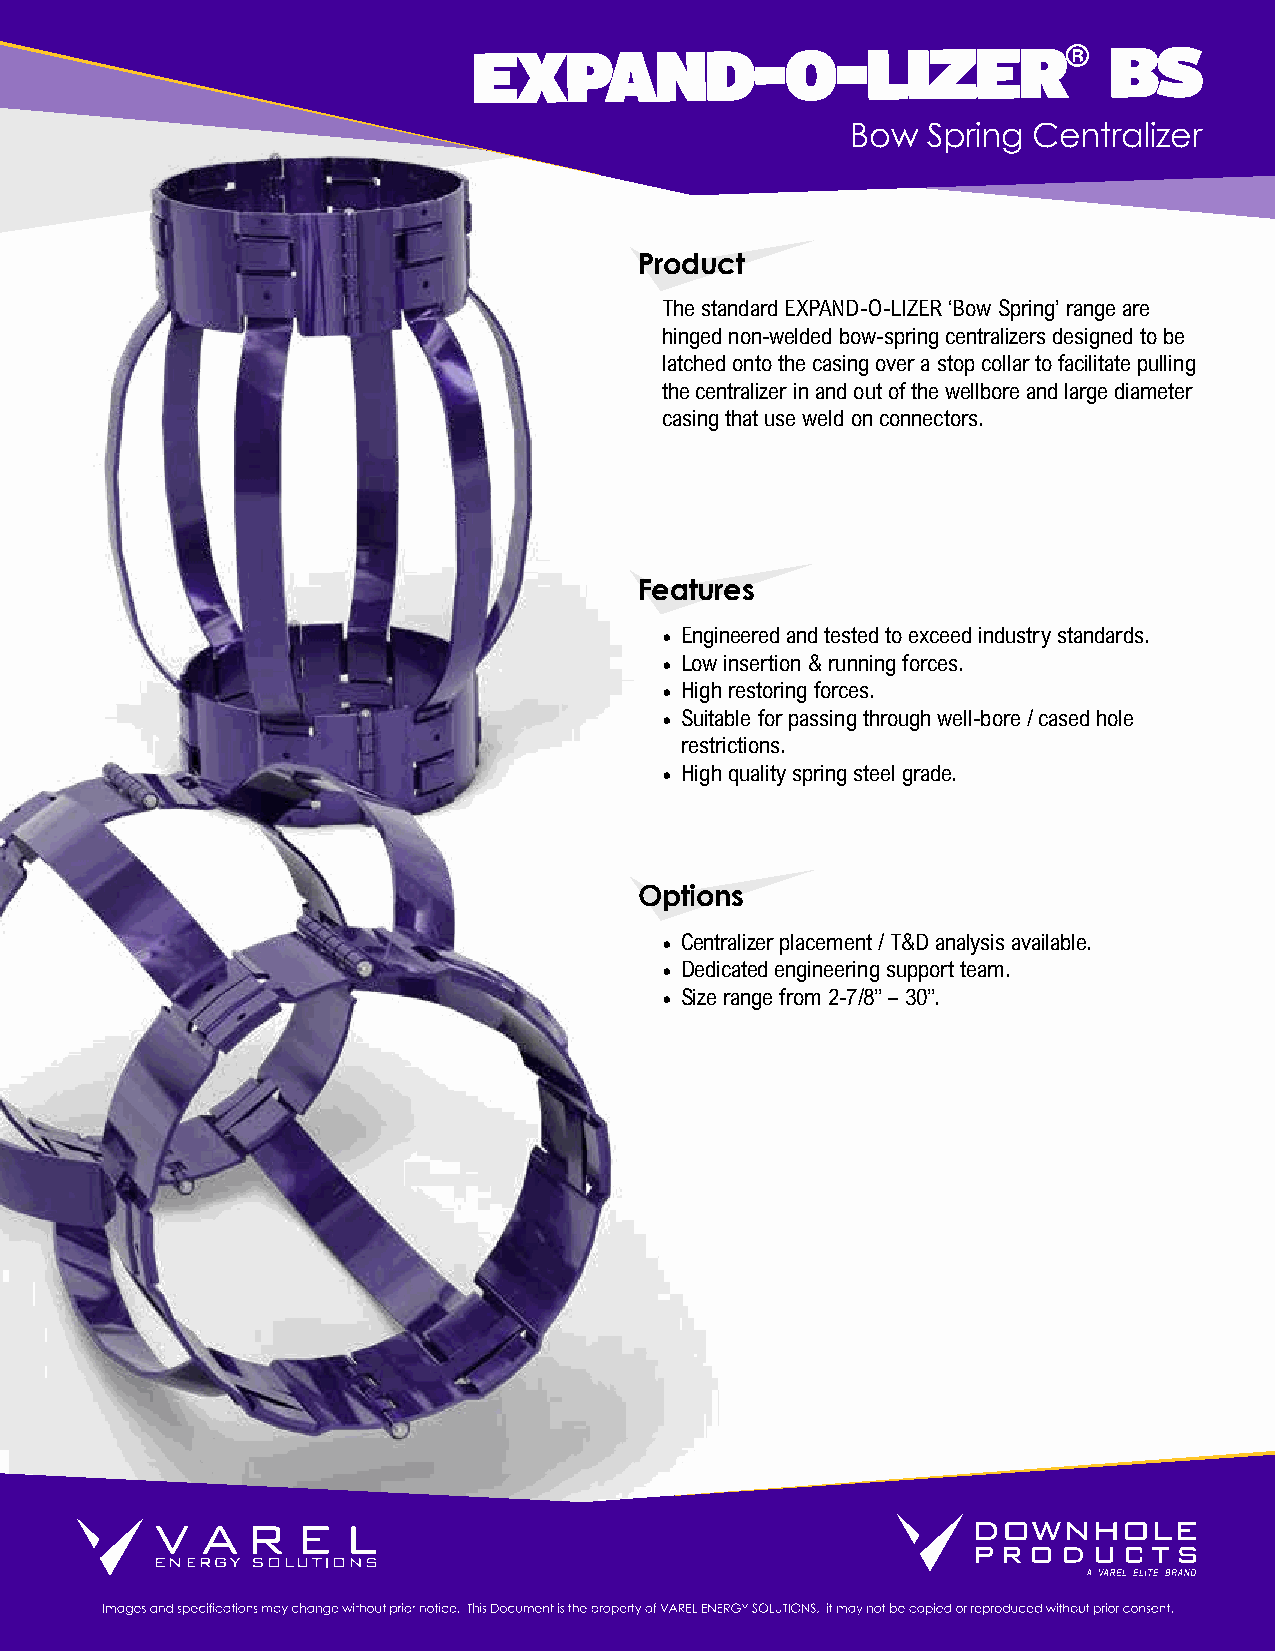
EXPAND-O-LIZER®                           BS
 Bow  Spring Centralizer
 Product
 The standard EXPAND-O-LIZER ‘Bow Spring’ range are
 hinged non-welded bow-spring centralizers designed to be
 latched onto the casing over a stop collar to facilitate pulling
 the centralizer in and out of the wellbore and large diameter
 casing that use weld on connectors.
 Features
 • Engineered and tested to exceed industry standards.
 • Low insertion & running forces.
 • High restoring forces.
 • Suitable for passing through well-bore / cased hole
 restrictions.
 • High quality spring steel grade.
 Options
 • Centralizer placement / T&D analysis available.
 • Dedicated engineering support team.
 • Size range from 2-7/8” – 30”.